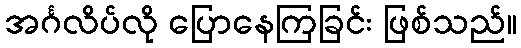
အင်္ဂလိပ်လို ပြောနေကြခြင်း ဖြစ်သည်။